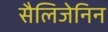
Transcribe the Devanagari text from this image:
सैलिजेनिन